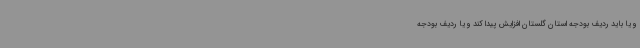
و یا باید ردیف بودجه استان گلستان افزایش پیدا کند و یا ردیف بودجه